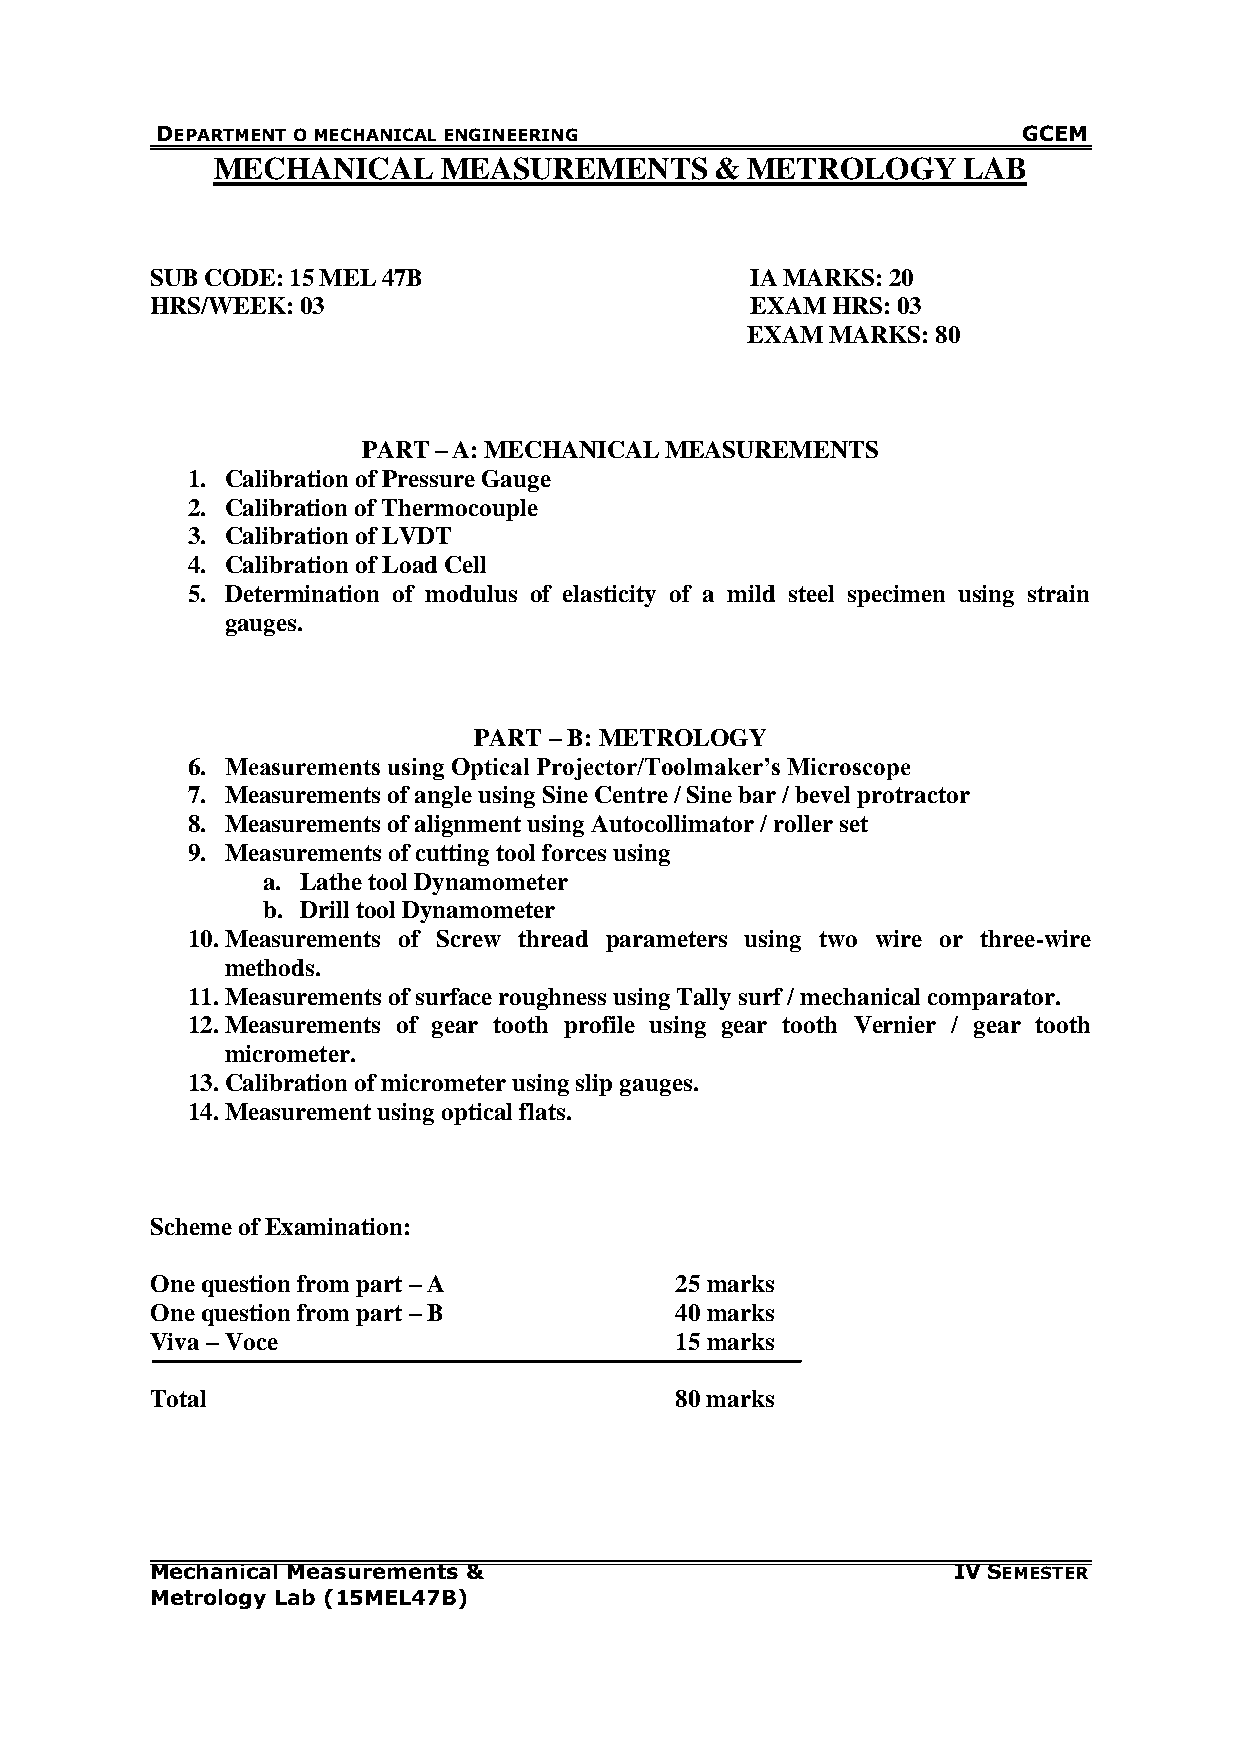
DEPARTMENT O MECHANICAL ENGINEERING                       GCEM
 MECHANICAL     MEASUREMENTS      & METROLOGY      LAB
 SUB CODE: 15 MEL 47B                    IA MARKS: 20
 HRS/WEEK: 03                            EXAM HRS: 03
 EXAM  MARKS: 80
 PART – A: MECHANICAL MEASUREMENTS
 1. Calibration of Pressure Gauge
 2. Calibration of Thermocouple
 3. Calibration of LVDT
 4. Calibration of Load Cell
 5. Determination of modulus of elasticity of a mild steel specimen using strain
 gauges.
 PART – B: METROLOGY
 6. Measurements using Optical Projector/Toolmaker‟s Microscope
 7. Measurements of angle using Sine Centre / Sine bar / bevel protractor
 8. Measurements of alignment using Autocollimator / roller set
 9. Measurements of cutting tool forces using
 a. Lathe tool Dynamometer
 b. Drill tool Dynamometer
 10. Measurements of Screw thread parameters using two wire or three-wire
 methods.
 11. Measurements of surface roughness using Tally surf / mechanical comparator.
 12. Measurements of gear tooth profile using gear tooth Vernier / gear tooth
 micrometer.
 13. Calibration of micrometer using slip gauges.
 14. Measurement using optical flats.
 Scheme of Examination:
 One question from part – A         25 marks
 One question from part – B         40 marks
 Viva – Voce                        15 marks
 Total                              80 marks
 Mechanical Measurements &                            IV SEMESTER
 Metrology Lab (15MEL47B)